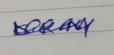
Signature authenticity: genuine